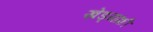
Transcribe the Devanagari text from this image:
खेड्यांशी